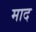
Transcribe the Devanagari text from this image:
माद